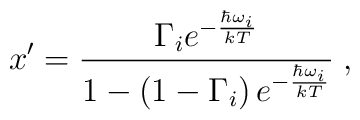
x'=\frac{\Gamma_i e^{-{{\hbar\omega_i}\over kT}}}{1-\left(1-\Gamma_i\right)e^{-{{\hbar\omega_i}\over kT}}}\;,